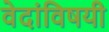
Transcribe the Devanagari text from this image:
वेदांविषयी